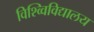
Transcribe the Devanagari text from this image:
विश्व्विविद्यालय